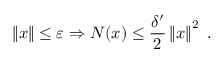
\left\| x \right\| \le \varepsilon \Rightarrow N ( x ) \le \frac { \delta ^ { \prime } } { 2 } \left\| x \right\| ^ { 2 } \ .